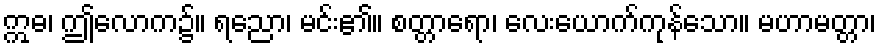
ဣဓ၊ ဤလောက၌။ ရညော၊ မင်း၏။ စတ္တာရော၊ လေးယောက်ကုန်သော။ မဟာမတ္တာ၊